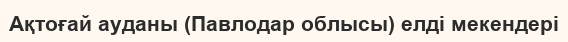
Ақтоғай ауданы (Павлодар облысы) елді мекендері